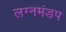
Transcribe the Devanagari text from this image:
लग्नमंडप